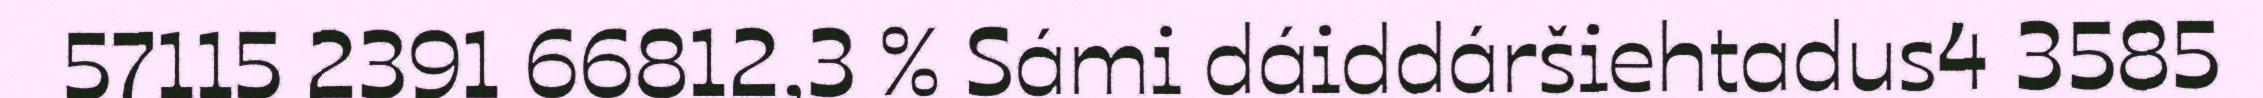
57115 2391 66812,3 % Sámi dáiddáršiehtadus4 3585